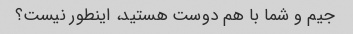
جیم و شما با هم دوست هستید، اینطور نیست؟